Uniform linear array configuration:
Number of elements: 64
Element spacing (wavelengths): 0.5
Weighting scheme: hamming
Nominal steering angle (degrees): -60
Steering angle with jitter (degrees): -61.715
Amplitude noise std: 0.05
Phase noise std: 0.05

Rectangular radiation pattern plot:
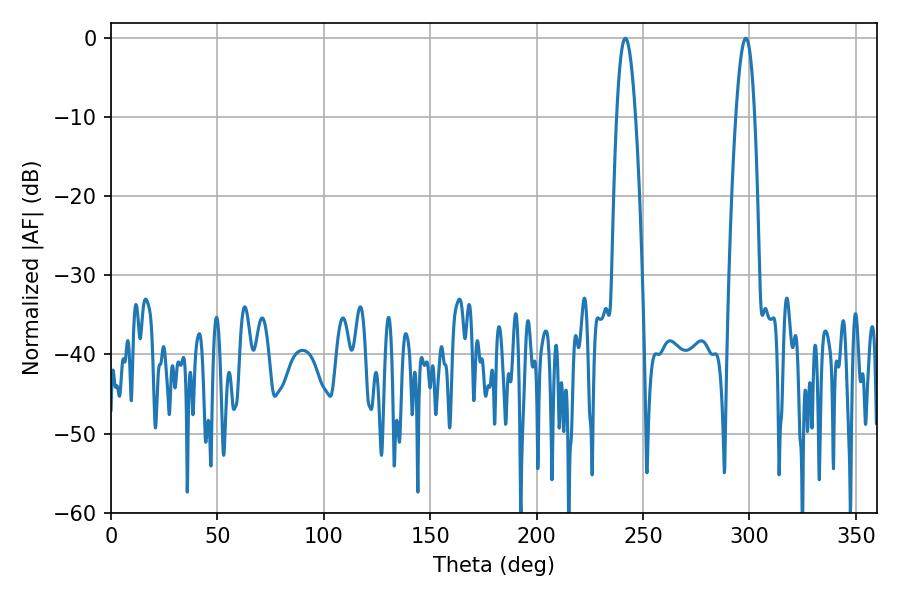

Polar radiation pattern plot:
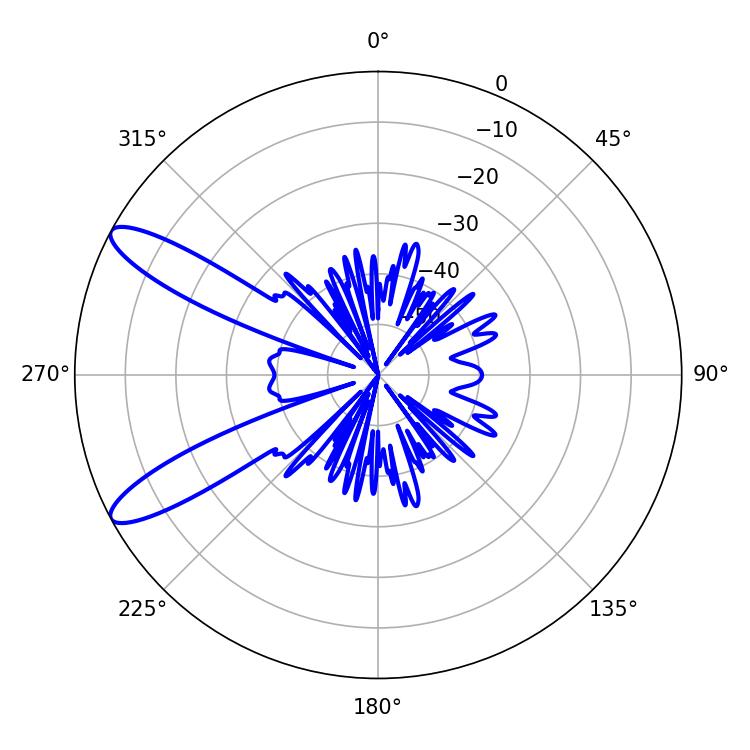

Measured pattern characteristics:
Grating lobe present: FALSE
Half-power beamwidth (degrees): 4.86
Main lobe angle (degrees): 298.26